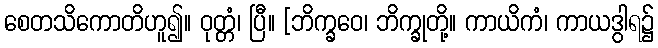
စေတသိကောတိဟူ၍။ ဝုတ္တံ၊ ပြီ။ [ဘိက္ခဝေ၊ ဘိက္ခုတို့။ ကာယိကံ၊ ကာယဒွါရ၌